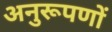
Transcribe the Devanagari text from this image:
अनुरूपणों